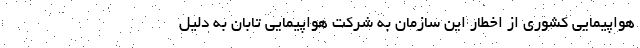
هواپیمایی کشوری از اخطار این سازمان به شرکت هواپیمایی تابان به دلیل